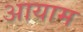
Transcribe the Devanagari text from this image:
अायाम